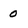
Character: 0